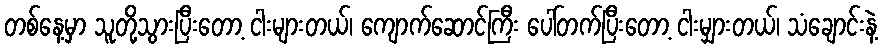
တစ်နေ့မှာ သူတို့သွားပြီးတော့ ငါးများတယ်၊ ကျောက်ဆောင်ကြီး ပေါ်တက်ပြီးတော့ ငါးမျှားတယ်၊ သံချောင်းနဲ့